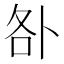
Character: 𠧨